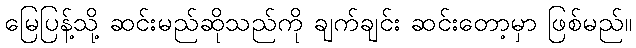
မြေပြန့်သို့ ဆင်းမည်ဆိုသည်ကို ချက်ချင်း ဆင်းတော့မှာ ဖြစ်မည်။